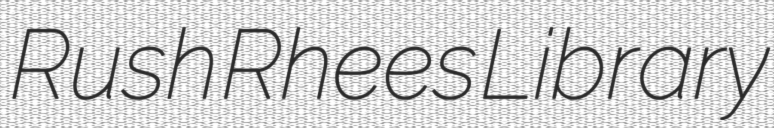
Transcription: Rush Rhees Library